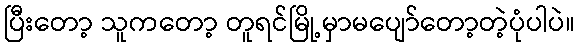
ပြီးတော့ သူကတော့ တူရင်မြို့မှာမပျော်တော့တဲ့ပုံပါပဲ။